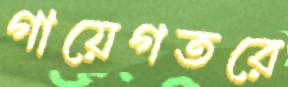
গায়েগতরে